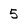
Character: 5